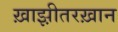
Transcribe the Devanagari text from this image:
ख़ाझ़ीतरख़ान